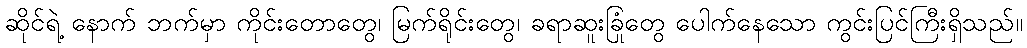
ဆိုင်ရဲ့ နောက် ဘက်မှာ ကိုင်းတောတွေ၊ မြက်ရိုင်းတွေ၊ ခရာဆူးခြုံတွေ ပေါက်နေသော ကွင်းပြင်ကြီးရှိသည်။